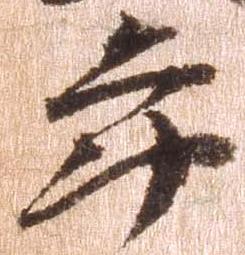
年